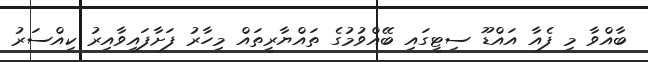
ބާއްވާ މި ފެއާ އައްޑޫ ސިޓީގައި ބޭއްވުމުގެ ތައްޔާރީތައް މިހާރު ފަށާފައިވާއިރު ކިއްސަރު